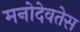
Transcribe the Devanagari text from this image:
मनोदेवतेस